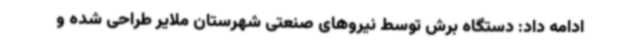
ادامه داد: دستگاه برش توسط نیروهای صنعتی شهرستان ملایر طراحی شده و